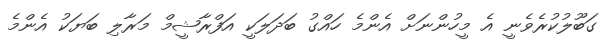
ގަބޫލުކުރެވެނީ އެ މީހުންނަށް އެންމެ ހައްގު ބަދަލަކީ އަފްރާޝީމް މަރާލި ބަޔަކު އެންމެ